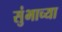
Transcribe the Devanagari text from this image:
सुंभाच्या